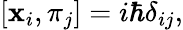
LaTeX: [\mathbf{x}_{i},\pi_{j}]=i\hbar\delta_{ij},